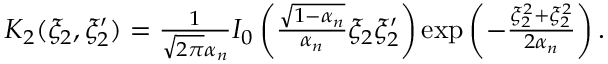
\begin{array} { r } { K _ { 2 } ( \xi _ { 2 } , \xi _ { 2 } ^ { \prime } ) = \frac { 1 } { \sqrt { 2 \pi } \alpha _ { n } } I _ { 0 } \left( \frac { \sqrt { 1 - \alpha _ { n } } } { \alpha _ { n } } \xi _ { 2 } \xi _ { 2 } ^ { \prime } \right) \exp \left( - \frac { \xi _ { 2 } ^ { 2 } + \xi _ { 2 } ^ { 2 } } { 2 \alpha _ { n } } \right) . } \end{array}